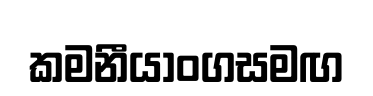
කමනීයාංගසමඟ